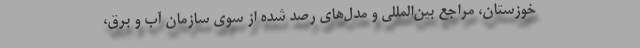
خوزستان، مراجع بین‌المللی و مدل‌های رصد شده از سوی سازمان آب و برق،